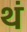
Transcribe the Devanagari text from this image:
थं